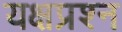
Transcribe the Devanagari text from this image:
यक्षप्रश्न